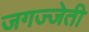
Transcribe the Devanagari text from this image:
जगज्जेती